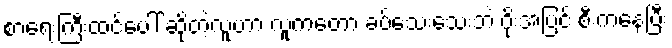
စာရေးကြီးထင်ပေါ် ဆိုတဲ့လူဟာ လူကတော့ ခပ်သေးသေးဘဲ ဂိုးအပြင် စီးကနေပြီး